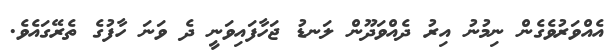
އެއްވަރުވެގެން ނިމުނު އިރު ދެއްވަދޫން ލަނޑު ޖަހާފައިވަނީ ދެ ވަނަ ހާފުގެ ތެރޭގައެވެ.